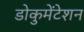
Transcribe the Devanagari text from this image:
डोकुमेंटेशन